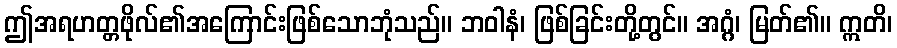
ဤအရဟတ္တဖိုလ်၏အကြောင်းဖြစ်သောဘုံသည်။ ဘဝါနံ၊ ဖြစ်ခြင်းတို့တွင်။ အဂ္ဂံ၊ မြတ်၏။ ဣတိ၊